Burma Government Medical School reports 1907-22
Year: 1907
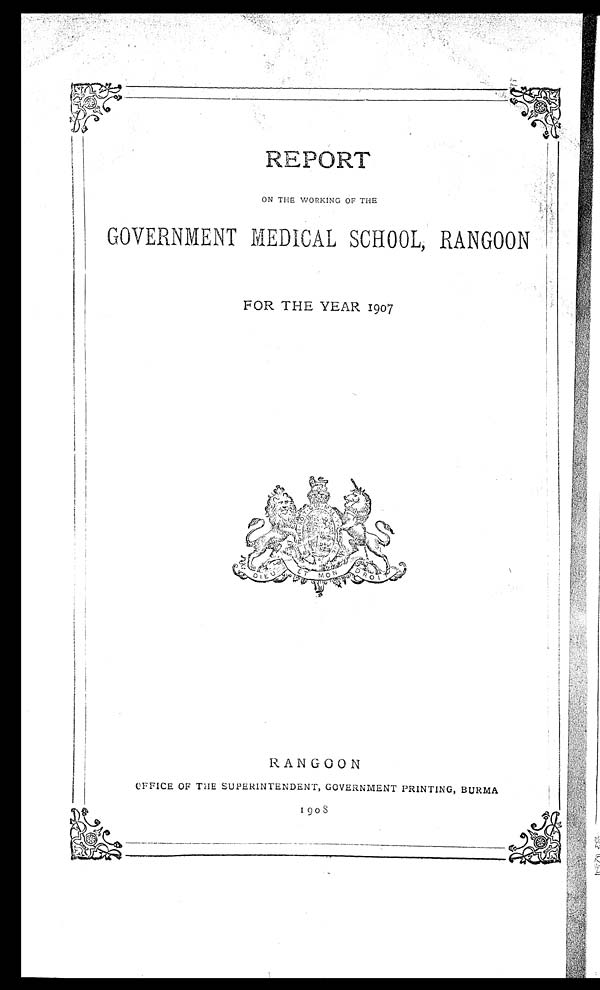
REPORT
ON THE WORKING OF THE
GOVERNMENT MEDICAL SCHOOL, RANGOON
FOR THE YEAR 1907
RANGOON
OFFICE OF THE SUPERINTENDENT, GOVERNMENT PRINTING, BURMA
1908